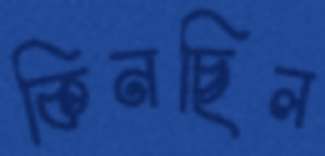
কিনছিল